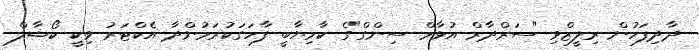
ދާދިފަހުން ރިލީޒްވި "ސަރްދާރް އުޅާމް ސިންގް"ގެ ކާމިޔާބީ ފާހަގަކުރަމުންދާ އެކްޓަރު ވިކީ ކޯޝާލް